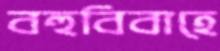
বহুবিবাহে